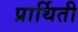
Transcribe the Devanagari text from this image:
प्रार्थिती